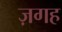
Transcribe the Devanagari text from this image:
ज़गह